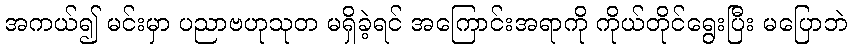
အကယ်၍ မင်းမှာ ပညာဗဟုသုတ မရှိခဲ့ရင် အကြောင်းအရာကို ကိုယ်တိုင်ရွေးပြီး မပြောဘဲ